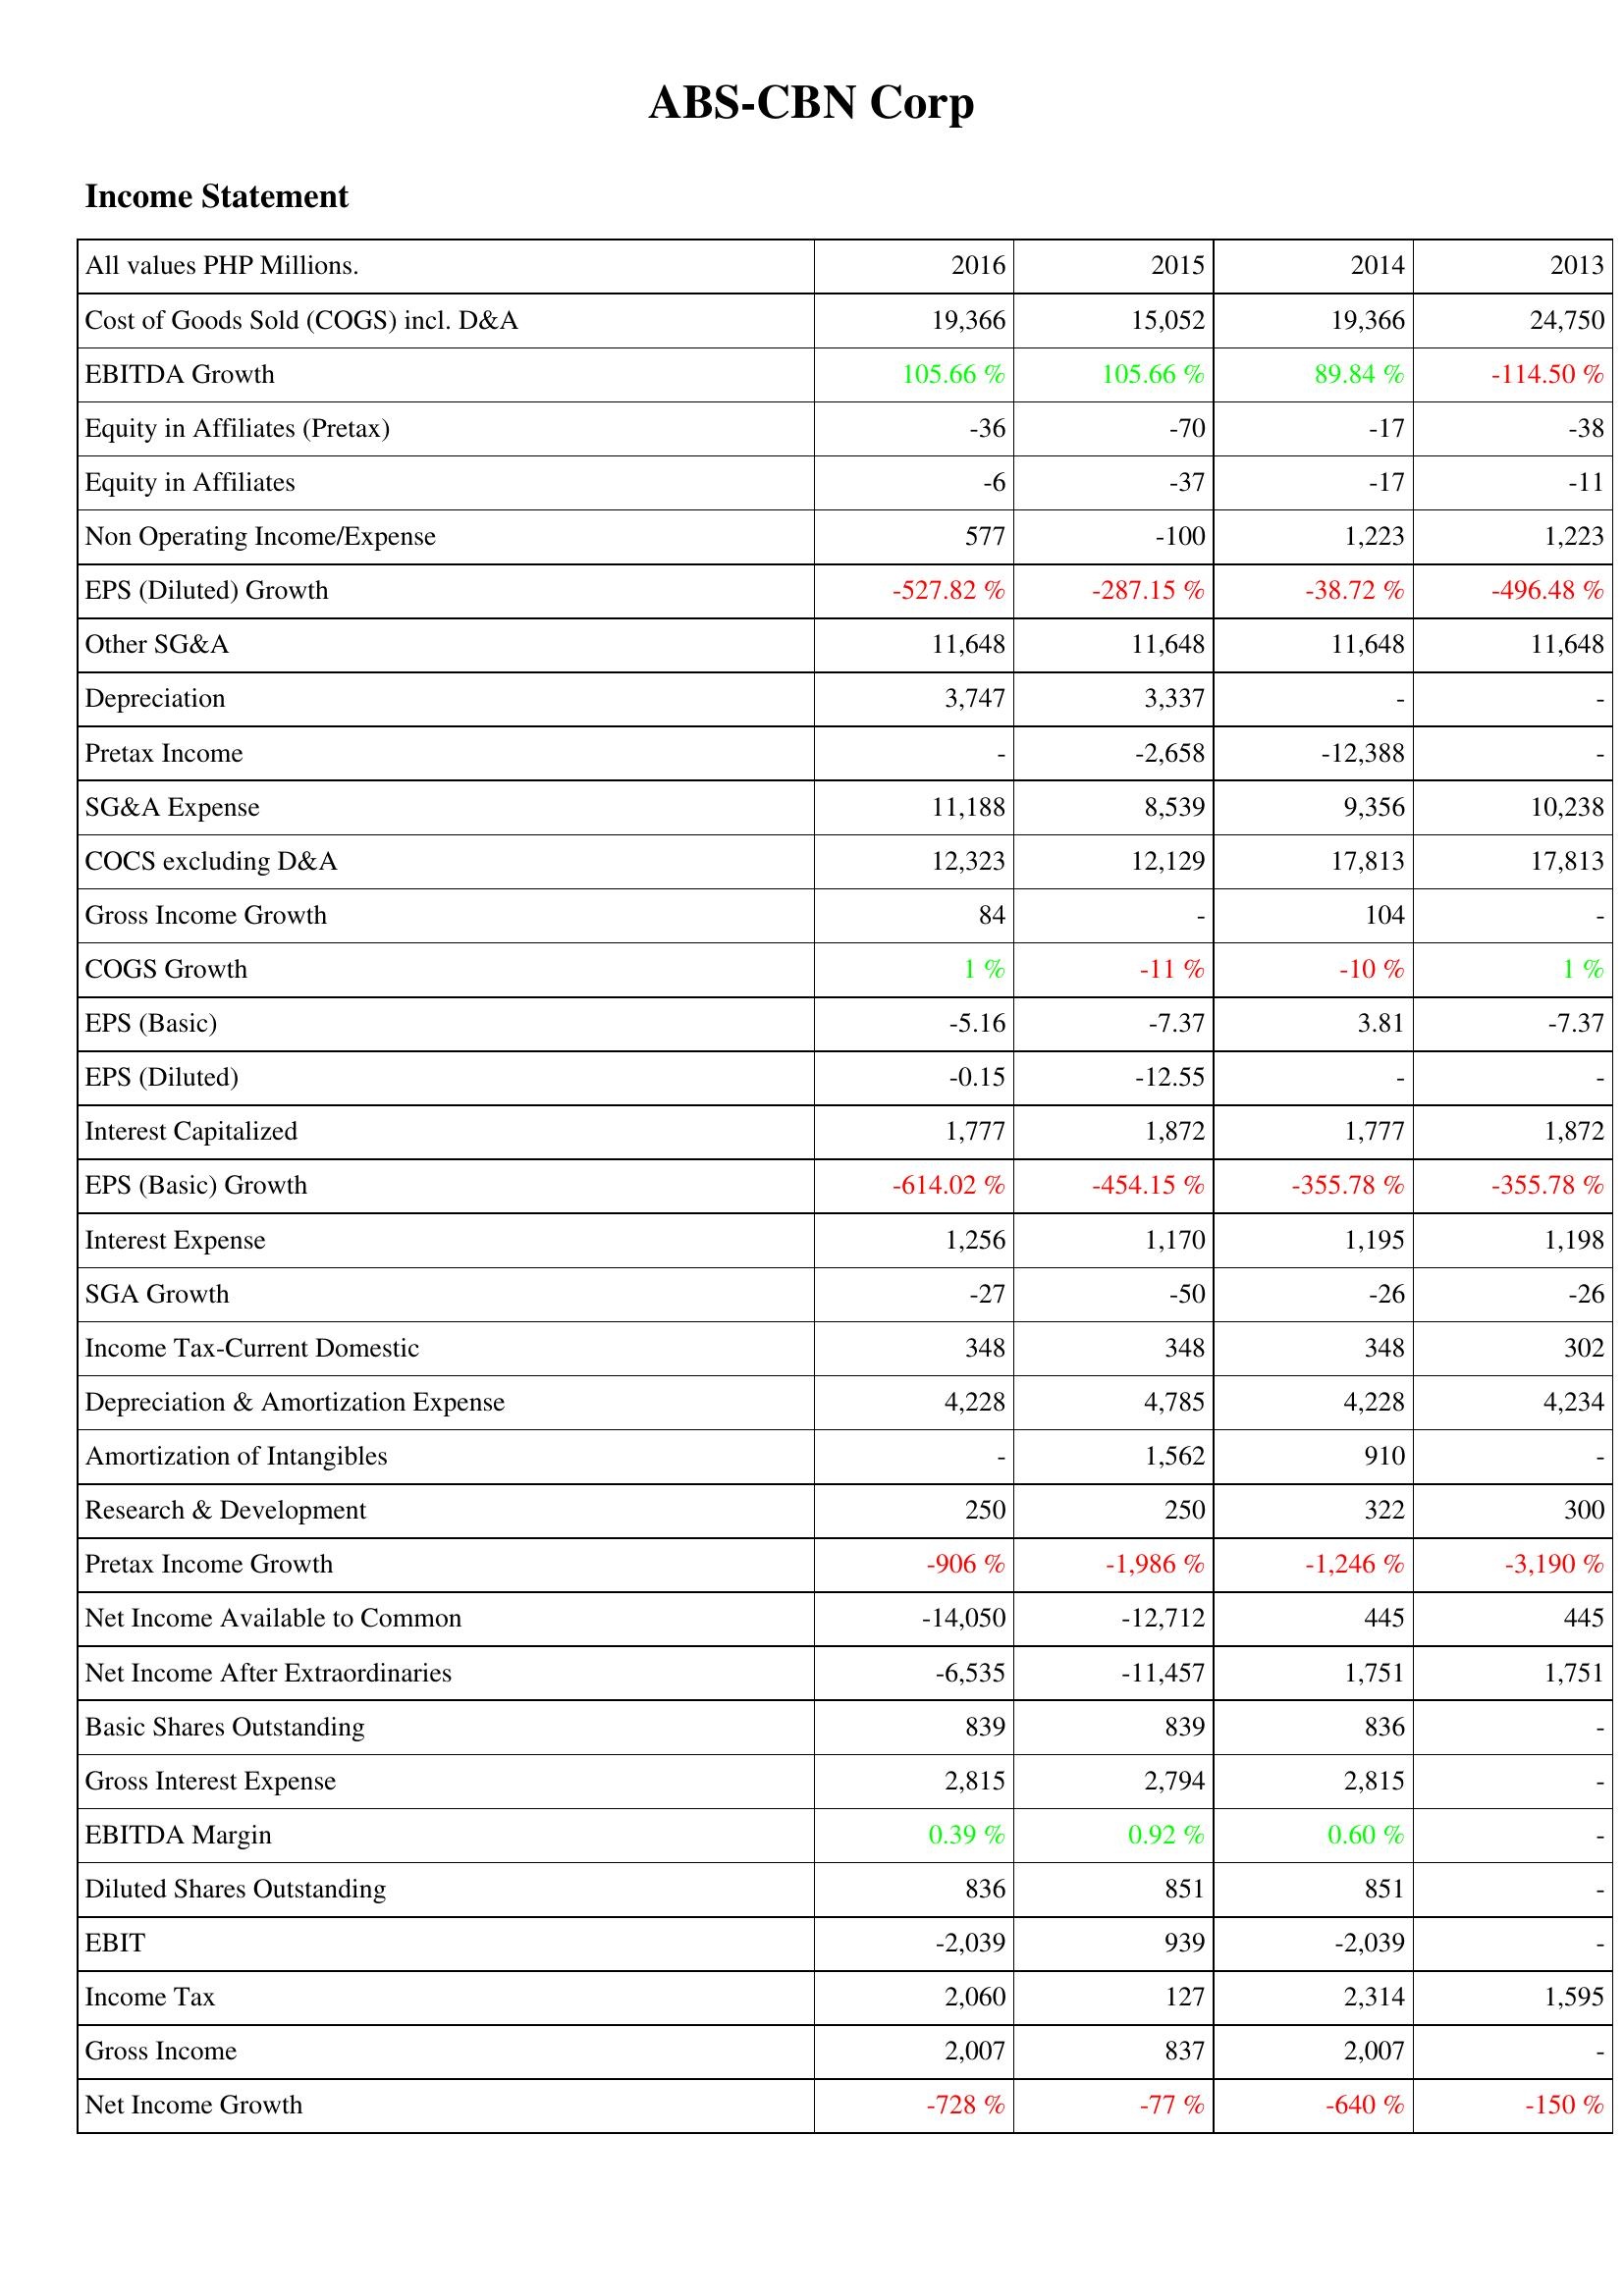
2016: Income Statement: Cost of Goods Sold (COGS) incl. D&A: 19,366
EBITDA Growth: 105.66 %
Equity in Affiliates (Pretax): -36
Equity in Affiliates: -6
Non Operating Income/Expense: 577
EPS (Diluted) Growth: -527.82 %
Other SG&A: 11,648
Depreciation: 3,747
Pretax Income: -
SG&A Expense: 11,188
COCS excluding D&A: 12,323
Gross Income Growth: 84
COGS Growth: 1 %
EPS (Basic): -5.16
EPS (Diluted): -0.15
Interest Capitalized: 1,777
EPS (Basic) Growth: -614.02 %
Interest Expense: 1,256
SGA Growth: -27
Income Tax-Current Domestic: 348
Depreciation & Amortization Expense: 4,228
Amortization of Intangibles: -
Research & Development: 250
Pretax Income Growth: -906 %
Net Income Available to Common: -14,050
Net Income After Extraordinaries: -6,535
Basic Shares Outstanding: 839
Gross Interest Expense: 2,815
EBITDA Margin: 0.39 %
Diluted Shares Outstanding: 836
EBIT: -2,039
Income Tax: 2,060
Gross Income: 2,007
Net Income Growth: -728 %
2015: Income Statement: Cost of Goods Sold (COGS) incl. D&A: 15,052
EBITDA Growth: 105.66 %
Equity in Affiliates (Pretax): -70
Equity in Affiliates: -37
Non Operating Income/Expense: -100
EPS (Diluted) Growth: -287.15 %
Other SG&A: 11,648
Depreciation: 3,337
Pretax Income: -2,658
SG&A Expense: 8,539
COCS excluding D&A: 12,129
Gross Income Growth: -
COGS Growth: -11 %
EPS (Basic): -7.37
EPS (Diluted): -12.55
Interest Capitalized: 1,872
EPS (Basic) Growth: -454.15 %
Interest Expense: 1,170
SGA Growth: -50
Income Tax-Current Domestic: 348
Depreciation & Amortization Expense: 4,785
Amortization of Intangibles: 1,562
Research & Development: 250
Pretax Income Growth: -1,986 %
Net Income Available to Common: -12,712
Net Income After Extraordinaries: -11,457
Basic Shares Outstanding: 839
Gross Interest Expense: 2,794
EBITDA Margin: 0.92 %
Diluted Shares Outstanding: 851
EBIT: 939
Income Tax: 127
Gross Income: 837
Net Income Growth: -77 %
2014: Income Statement: Cost of Goods Sold (COGS) incl. D&A: 19,366
EBITDA Growth: 89.84 %
Equity in Affiliates (Pretax): -17
Equity in Affiliates: -17
Non Operating Income/Expense: 1,223
EPS (Diluted) Growth: -38.72 %
Other SG&A: 11,648
Depreciation: -
Pretax Income: -12,388
SG&A Expense: 9,356
COCS excluding D&A: 17,813
Gross Income Growth: 104
COGS Growth: -10 %
EPS (Basic): 3.81
EPS (Diluted): -
Interest Capitalized: 1,777
EPS (Basic) Growth: -355.78 %
Interest Expense: 1,195
SGA Growth: -26
Income Tax-Current Domestic: 348
Depreciation & Amortization Expense: 4,228
Amortization of Intangibles: 910
Research & Development: 322
Pretax Income Growth: -1,246 %
Net Income Available to Common: 445
Net Income After Extraordinaries: 1,751
Basic Shares Outstanding: 836
Gross Interest Expense: 2,815
EBITDA Margin: 0.60 %
Diluted Shares Outstanding: 851
EBIT: -2,039
Income Tax: 2,314
Gross Income: 2,007
Net Income Growth: -640 %
2013: Income Statement: Cost of Goods Sold (COGS) incl. D&A: 24,750
EBITDA Growth: -114.50 %
Equity in Affiliates (Pretax): -38
Equity in Affiliates: -11
Non Operating Income/Expense: 1,223
EPS (Diluted) Growth: -496.48 %
Other SG&A: 11,648
Depreciation: -
Pretax Income: -
SG&A Expense: 10,238
COCS excluding D&A: 17,813
Gross Income Growth: -
COGS Growth: 1 %
EPS (Basic): -7.37
EPS (Diluted): -
Interest Capitalized: 1,872
EPS (Basic) Growth: -355.78 %
Interest Expense: 1,198
SGA Growth: -26
Income Tax-Current Domestic: 302
Depreciation & Amortization Expense: 4,234
Amortization of Intangibles: -
Research & Development: 300
Pretax Income Growth: -3,190 %
Net Income Available to Common: 445
Net Income After Extraordinaries: 1,751
Basic Shares Outstanding: -
Gross Interest Expense: -
EBITDA Margin: -
Diluted Shares Outstanding: -
EBIT: -
Income Tax: 1,595
Gross Income: -
Net Income Growth: -150 %